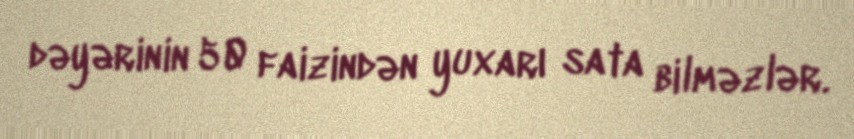
dəyərinin 50 faizindən yuxarı sata bilməzlər.